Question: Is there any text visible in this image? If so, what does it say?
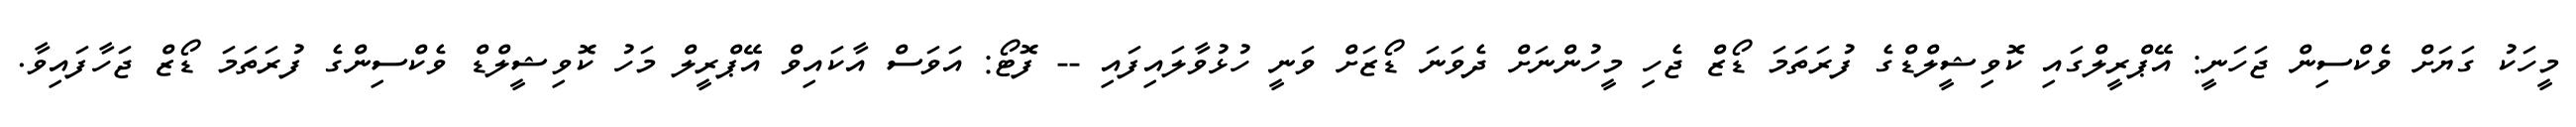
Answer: މީހަކު ގަޔަށް ވެކްސިން ޖަހަނީ: އޭޕްރީލްގައި ކޮވިޝީލްޑްގެ ފުރަތަމަ ޑޯޒް ޖެހި މީހުންނަށް ދެވަނަ ޑޯޒަށް ވަނީ ހުޅުވާލައިފައި -- ފޮޓޯ: އަވަސް އާކައިވް އޭޕްރީލް މަހު ކޮވިޝީލްޑް ވެކްސިންގެ ފުރަތަމަ ޑޯޒް ޖަހާފައިވާ.